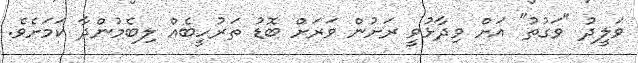
ވަލީދު "ވަގުތު" އަށް ވިދާޅުވީ ރަށުން ވަރަށް ބޮޑު ތަރުހީބެއް ލިބެމުންދާ ކަމަށެވެ.